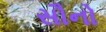
સૌનો